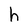
Character: h